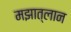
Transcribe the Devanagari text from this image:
मझात्लान